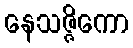
နေသဇ္ဇိကော